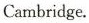
Cambridge,